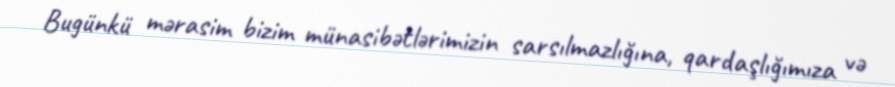
Bugünkü mərasim bizim münasibətlərimizin sarsılmazlığına, qardaşlığımıza və